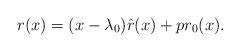
LaTeX: \begin{align*}r(x)=(x-\lambda_0)\hat{r}(x)+pr_0(x).\end{align*}